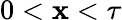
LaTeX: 0<\mathbf{x}<\tau